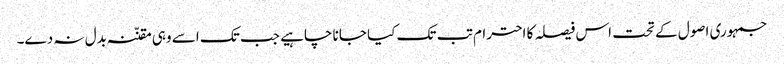
جمہوری اصول کے تحت اس فیصلہ کا احترام تب تک کیا جانا چاہیے جب تک اسے وہی مقنّنہ بدل نہ دے۔